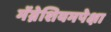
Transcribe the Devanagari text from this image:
मॅग्नेशियमपेक्षा